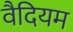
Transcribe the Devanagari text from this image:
वैदियम